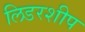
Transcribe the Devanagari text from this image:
लिडरशीप